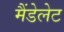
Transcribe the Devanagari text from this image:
मैंडेलेट